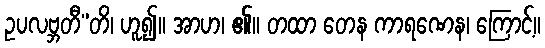
ဥပလဗ္ဘတီ”တိ၊ ဟူ၍။ အာဟ၊ ၏။ တထာ တေန ကာရဏေန၊ ကြောင့်။